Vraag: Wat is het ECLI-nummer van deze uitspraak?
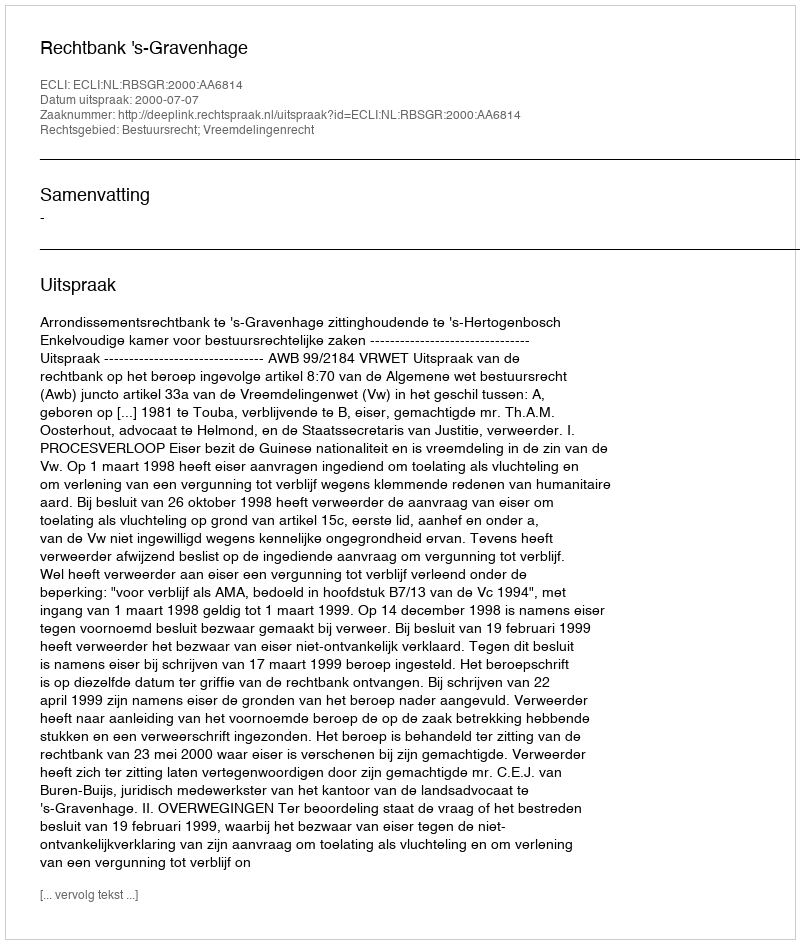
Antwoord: ECLI:NL:RBSGR:2000:AA6814